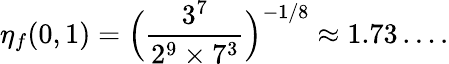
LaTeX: \eta_{f}(0,1)=\Big(\frac{3^{7}}{2^{9}\times 7^{3}}\Big)^{-1/8}\approx 1.73\dots.